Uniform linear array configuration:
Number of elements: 64
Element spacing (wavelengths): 0.5
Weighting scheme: cosine
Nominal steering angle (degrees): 30
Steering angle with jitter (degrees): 31.717
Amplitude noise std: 0.05
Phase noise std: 0.05

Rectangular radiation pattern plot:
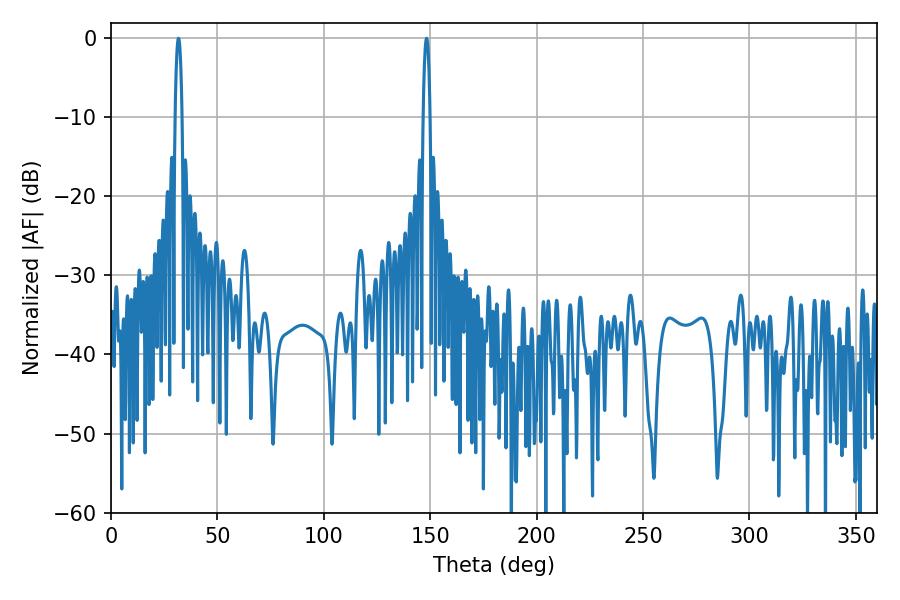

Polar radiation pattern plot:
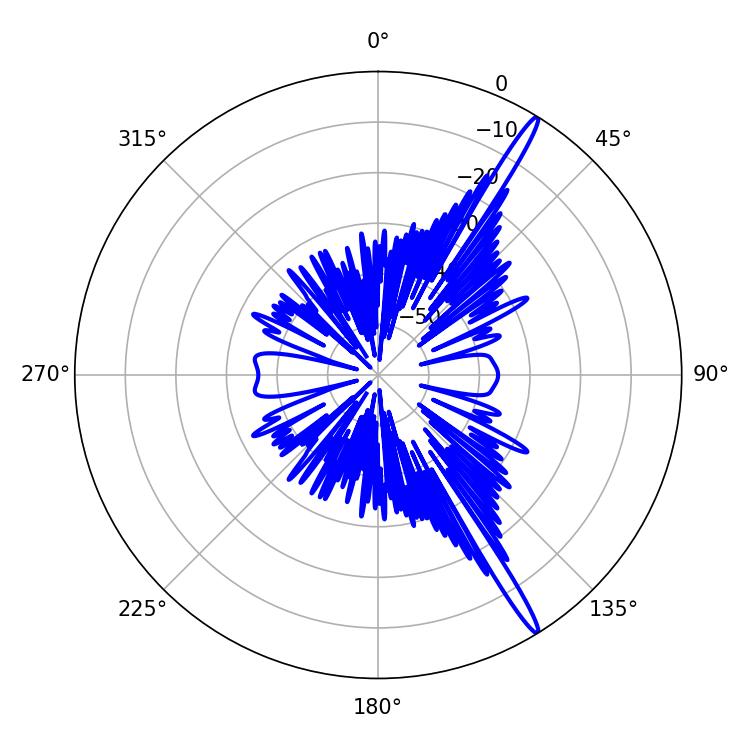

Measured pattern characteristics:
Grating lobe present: FALSE
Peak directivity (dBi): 17.097
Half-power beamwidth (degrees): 1.8
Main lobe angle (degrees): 31.68